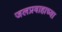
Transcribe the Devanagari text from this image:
जलप्रवाहाच्या